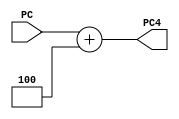
`timescale 1ns / 1ps
// Bloque del sumador que genera el valor de PC+4
// Entrada: PC
// Salida: PC4 
/* 
	Procedimiento: 
	Se le suma al PC el valor de 4 y a la salida PC4 se le asigna dicho resultado.
*/
module PC4	( 
				input wire  [31:0] PC,
				output wire [31:0] PC4
				);
	
	assign PC4 = PC + 32'd4;
endmodule